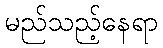
မည်သည့်နေရာ